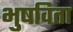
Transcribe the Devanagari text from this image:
भुषविता